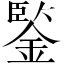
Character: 鍳